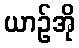
ယာဉ်အို